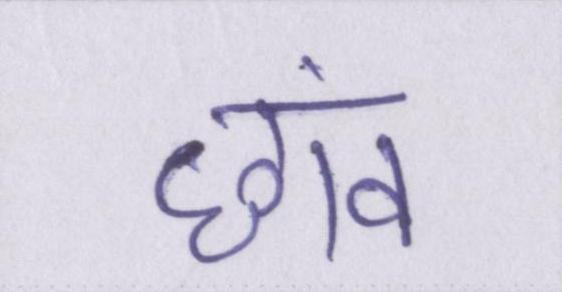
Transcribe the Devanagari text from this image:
छांव